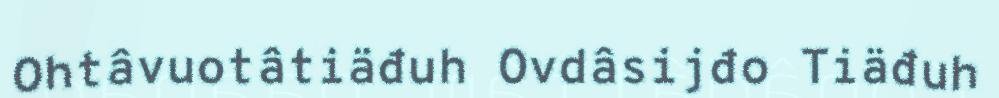
Ohtâvuotâtiäđuh Ovdâsijđo Tiäđuh